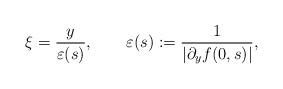
LaTeX: \begin{align*} \xi=\frac{y}{\varepsilon(s)},\qquad\varepsilon(s):=\frac{1}{\lvert\partial_{y}f(0,s)\rvert},\end{align*}